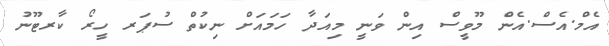
އެމް.އެސް.އެން މޫވީސް އިން ވަނީ މިއަދާ ހަމައަށް ނިކުތް ސުޕަރ ހީރޯ ކާރޓޫނު